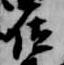
位